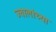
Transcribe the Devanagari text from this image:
ज्वालांच्या